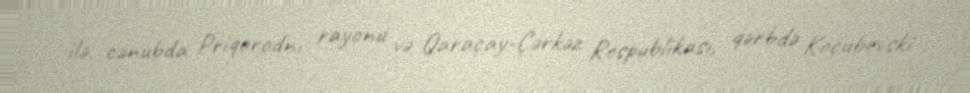
ilə, cənubda Priqorodnı rayonu və Qaraçay-Çərkəz Respublikası, qərbdə Koçubevski